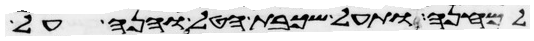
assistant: למחנה ותעל שכבת הטל והנה על